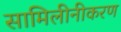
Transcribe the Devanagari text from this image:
सामिलीनीकरण